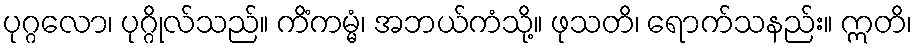
ပုဂ္ဂလော၊ ပုဂ္ဂိုလ်သည်။ ကိံကမ္မံ၊ အဘယ်ကံသို့။ ဖုသတိ၊ ရောက်သနည်း။ ဣတိ၊